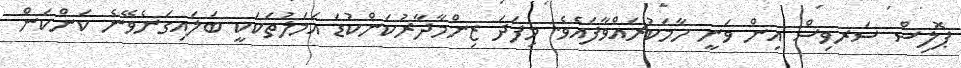
ޕޮލިސް ސަރވިސް އިން ވަނީ ހާމަކުރައްވާފައެވެ. މިފަދަ ޒިންމާދާރުކަންކުޑަ އަމަލުތަކަކީ ބަލައިގަނެވޭނެ ކަންކަން